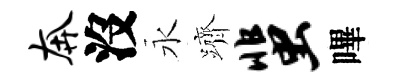
奔沒永躋蜚嗶